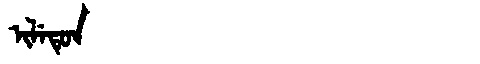
Manchu: ᡳᠯᡝᡨᡠᠨ
Romanization: ILETUN